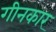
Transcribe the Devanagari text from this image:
गीनकार